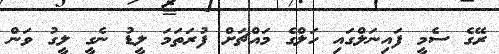
ރޭގެ ސެމީ ފައިނަލްގައި ހަލްގެ މައްޗަށް ފުރަތަމަ ލީޑު ނެގީ ލީގު ވަން